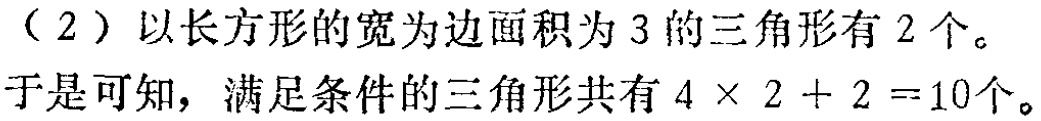
（2）以长方形的宽为边面积为3的三角形有2个。

于是可知，满足条件的三角形共有\(4\times 2 + 2 = 10\)个。